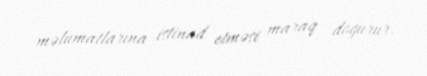
məlumatlarına istinad etməsi maraq doğurur.